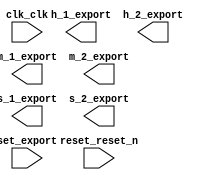

module system (
	clk_clk,
	h_1_export,
	h_2_export,
	m_1_export,
	m_2_export,
	reset_reset_n,
	s_1_export,
	s_2_export,
	set_export);	

	input		clk_clk;
	output	[3:0]	h_1_export;
	output	[3:0]	h_2_export;
	output	[3:0]	m_1_export;
	output	[3:0]	m_2_export;
	input		reset_reset_n;
	output	[3:0]	s_1_export;
	output	[3:0]	s_2_export;
	input	[4:0]	set_export;
endmodule